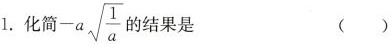
1.化简-a \sqrt{\frac{1}{a}}的结果是 ()